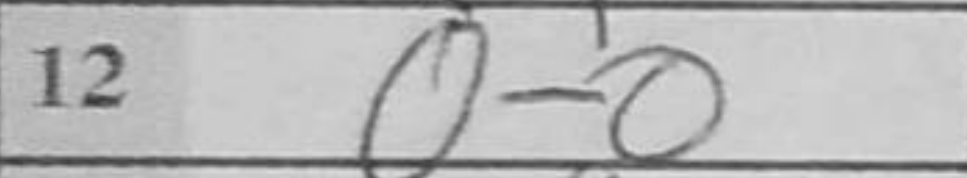
Transcription: O-O